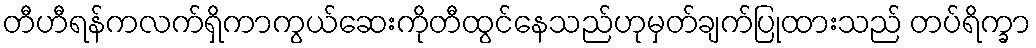
တီဟီရန်ကလက်ရှိကာကွယ်ဆေးကိုတီထွင်နေသည်ဟုမှတ်ချက်ပြုထားသည် တပ်ရိက္ခာ